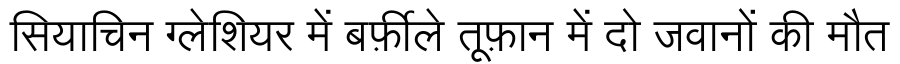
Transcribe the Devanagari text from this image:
सियाचिन ग्लेशियर में बर्फ़ीले तूफ़ान में दो जवानों की मौत